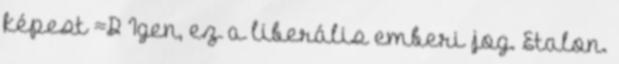
képest =D Igen, ez a liberális emberi jog. Etalon.